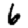
Digit: 6